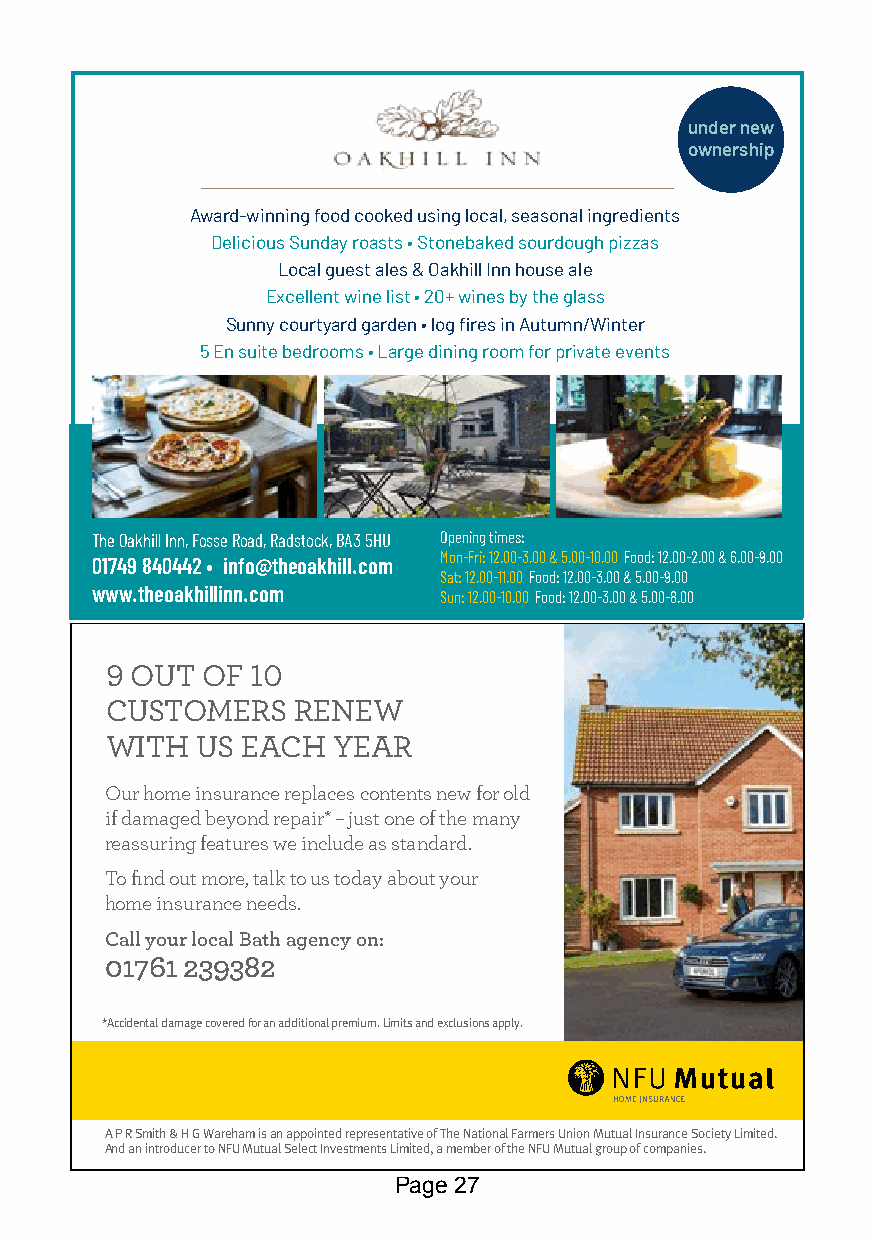
under new
 ownership
 Award-winning food cooked using local, seasonal ingredients
 Delicious Sunday roasts • Stonebaked sourdough pizzas
 Local guest ales & Oakhill Inn house ale
 Excellent wine list • 20+ wines by the glass
 Sunny courtyard garden • log fires in Autumn/Winter
 5 En suite bedrooms • Large dining room for private events
 The Oakhill Inn, Fosse Road, Radstock, BA3 5HU Opening times:
 Mon-Fri: 12.00-3.00 & 5.00-10.00 Food: 12.00-2.00 & 6.00-9.00
 01749 840442 • info@theoakhill.com
 Sat: 12.00-11.00 Food: 12.00-3.00 & 5.00-9.00
 www.theoakhillinn.com  Sun: 12.00-10.00 Food: 12.00-3.00 & 5.00-8.00
 9 OUT OF  10
 CUSTOMERS    RENEW
 WITH  US EACH  YEAR
 Our home insurance replaces contents new for old
 if damaged beyond repair* – just one of the many
 reassuring features we include as standard.
 To find out more, talk to us today about your
 home insurance needs.
 Call your local Bath agency on:
 01761 239382
 *Accidental damage covered for an additional premium. Limits and exclusions apply.
 A P R Smith & H G Wareham is an appointed representative of The National Farmers Union Mutual Insurance Society Limited.
 And an introducer to NFU Mutual Select Investments Limited, a member of the NFU Mutual group of companies.
 Page 27